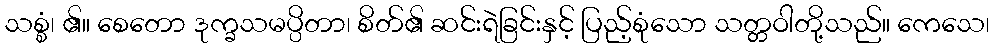
သစ္စံ၊ ၏။ စေတော ဒုက္ခသမပ္ပိတာ၊ စိတ်၏ ဆင်းရဲခြင်းနှင့် ပြည့်စုံသော သတ္တဝါတို့သည်။ ကေသေ၊